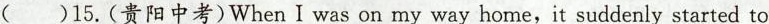
( )15.(贵阳中考)WhenI was on my way home,it suddenly started to